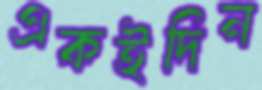
একইদিন